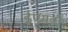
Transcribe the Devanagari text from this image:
ईएमवी